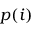
p ( i )